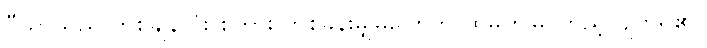
ပီယာသည် တစ်ချိန်လုံး စကား တစ်ခွန်းမျှမပြောဘဲ ထိုမှဤမှ ကြည့်လျက်ရှိ၏။